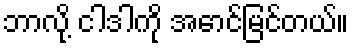
ဘာလို့ ငါဒါကို အောင်မြင်တယ်။